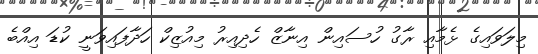
މިލަވައިގެ ޅެމާއި ރާގު ހުސައިން އިނާޒް ހެދިއިރު މިއުޒިކް ހަދާފައިވަނީ ކުޑަ އިއްބެ